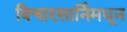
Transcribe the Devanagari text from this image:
विचारसार्निमधून